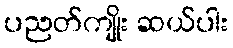
ပညတ်ကျိုး ဆယ်ပါး